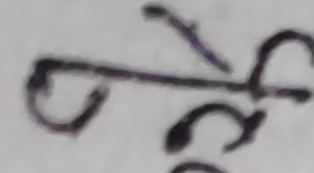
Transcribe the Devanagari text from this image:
के